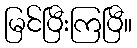
မြင်ပြီးကြပြီ။